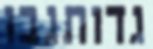
גדותגבו